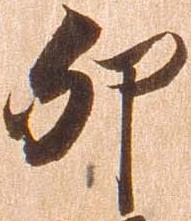
卯